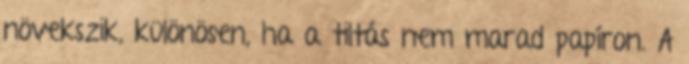
növekszik, különösen, ha a tiltás nem marad papíron. A